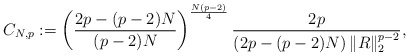
\begin{align*} C_{N, p}:=\left(\frac{2p-(p-2)N}{(p-2)N}\right)^{\frac{N(p-2)}{4}} \frac{2p}{\left(2p-(p-2)N\right)\|R\|_2^{p-2}},\end{align*}